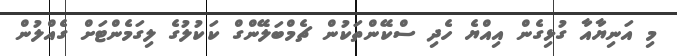
މި އަނިޔާއާ ގުޅިގެން އިއްޔެ ހެދި ސްކޭންތަކުން ޗެމްބަލޭންގް ކަކުލުގެ ލިގަމެންޓަށް ގެއްލުން